Medical and sanitary report of the native army of Bengal for the year
Year: 1878
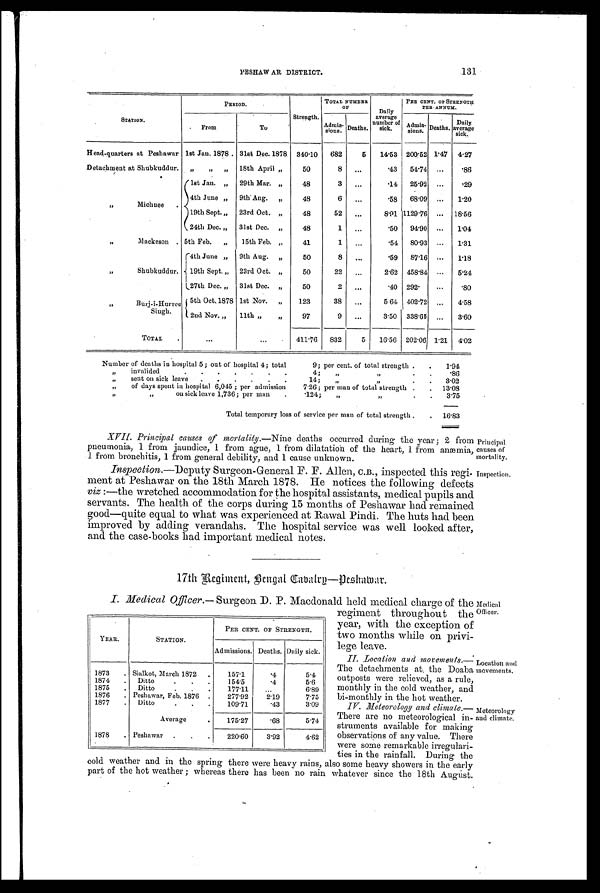
PESHAWAR DISTRICT.
131
STATION'.
PERIOD.
Strength.
TOTAL NUMBER
OF
Daily
average
number of
sick.
PEE CENT. OF STRENGTH
PER ANNUM.
Admis-
sions. Deaths.
Admis-
sions. Deaths.
Daily
average
sick.
From
To
Head-quarters at Peshawar 1st Jan. 1878. 31st Dec. 1878. 340.10
682
5
14.53 200.52 1.47 4.27
Detachment at Shubkuddur. „
„ „ 18th April „
50
8
. . .
.43
51.74 ...
.86
,,
Michuee
.
1st Jan. „ 29th Mar. „
48
3
...
.14
25.92 ...
.29
4th June „
9th Ang. „
48
6
...
.58
68.09 ...
1.20
19th Sept. „ 23rd Oct. „
48
52
•..
8.91 1129.76 ... 18.56
24th Dec. „ 31st Dec. „
48
1
. . .
.50
91.90 ...
1.04
,,
M a e k e s o n
. 5th Feb. „
15th Feb. „
41
1
. . .
.54
80.93 ...
1.31
Shubkuddur.
14th June „ 9th Aug. „
50
8
. . .
.59
87.16 ...
1.18
19th Sept. „
23rd Oct. „
50
22
. . .
2.62 458.84 ...
5.24
(27th Dec. „
31st Dec. „
50
2
. . .
.40 292.
...
.80
,,
Burj-i-Hurree
Singh.
5th Oct. 1878 1st Nov. „
123
38
..,
5.61 402.72
...
4.58
2nd Nov. „
11th „
„
97
3.50 338.65 ...
3.60
TOTAL
.
. . .
...
411.76
832
5
16.56 202.06 1.21 4.02
Number of deaths in hospital 5; out of hospital 4; total
9; per cent. of total strength .
.
1.94
,, i nval i ded
4;
„
.
.
.86
sent on sick leave
.
.
.
.
.
.
14;
„.
3.02
„,, o f d a y s s p e n t i n h o s p i t a l 6 , 0 4 5 ; p e r a d m i s s i o n
7.26; per man of total strength .
. 13.08
,,
,,
on sick leave 1,736 ; per man
.
.124;
„
, , .
.
3.75
Total temporary loss of service per man of total strength.
. 16.83
XVI. Principal causes of mortality. —Nine deaths occurred during the year; 2 from
pneumonia, 1 from jaundice, 1 from ague, 1 from dilatation of the heart, 1 from anæmia,
1 from bronchitis, 1 from general debility, and 1 cause unknown.
Principal
causes of
mortality.
Inspection. —Deputy Surgeon-General F. E. Allen, C.B., inspected this regi-
ment at Peshawar on the 18th March 1878. He notices tile following defects
viz :—the wretched accommodation for the hospital assistants, medical pupils and
servants. The health of the corps during 15 months of Peshawar had remained
good—quite equal to what was experienced at Rawal Pindi. The huts had been
improved by adding verandahs. The hospital service was well looked after,
and the case-books had important medical notes.
Inspection.
17th Regiment, Bengal Cabatry—Peshawar.
I. Medical Officer. — Surgeon D. P. Macdonald held medical charge of the
regiment throughout the
year, with the exception of
two months while on privi
- l e g e l e a v e .
II. Location and morements.—
The detachments at, the Doaba
outposts were relieved, as a rule
monthly in the cold weather, and
bi-monthly in the hot weather.
IV. meteorology and climate.—
There are no meteorological in-
struments available for making
observations of any value. There
were some remarkable irregulari-
ties in the rainfall. During the
cold weather and in the spring there were heavy rains, also some heavy showers in the early
part of the hot weather ; whereas there has been no rain whatever since the 18th August.
YEAR.
STATION.
PER CENT. OF STRENGTH.
Admissions. Deaths. Daily sick.
1873
. Sialkot, March 1872
.
157.1
.4
5.4
1874
.
Ditto
. . .
154.5
.4
5.6
1875
.
Ditto
.
. .
177.11
...
6.89
1876
. Peshawar, Feb. 1876 .
277.92
2.19
7.75
1877
.
Ditto
.
.
.
109.71
.43
3.09
Average
.
175.27
.68
5.74
1878
. Peshawar .
.
.
220.60
3.92
4.62
Medical officer.
Location and
movements.
Meteorology
end climate.